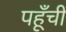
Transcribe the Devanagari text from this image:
पहूँची